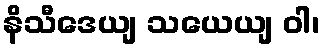
နိသီဒေယျ သယေယျ ဝါ၊